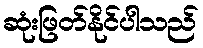
ဆုံးဖြတ်နိုင်ပါသည်